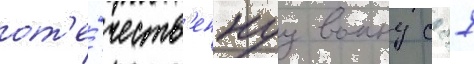
от'е́честв'еннуу воину с 27